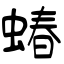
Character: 蝽